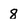
Character: 8